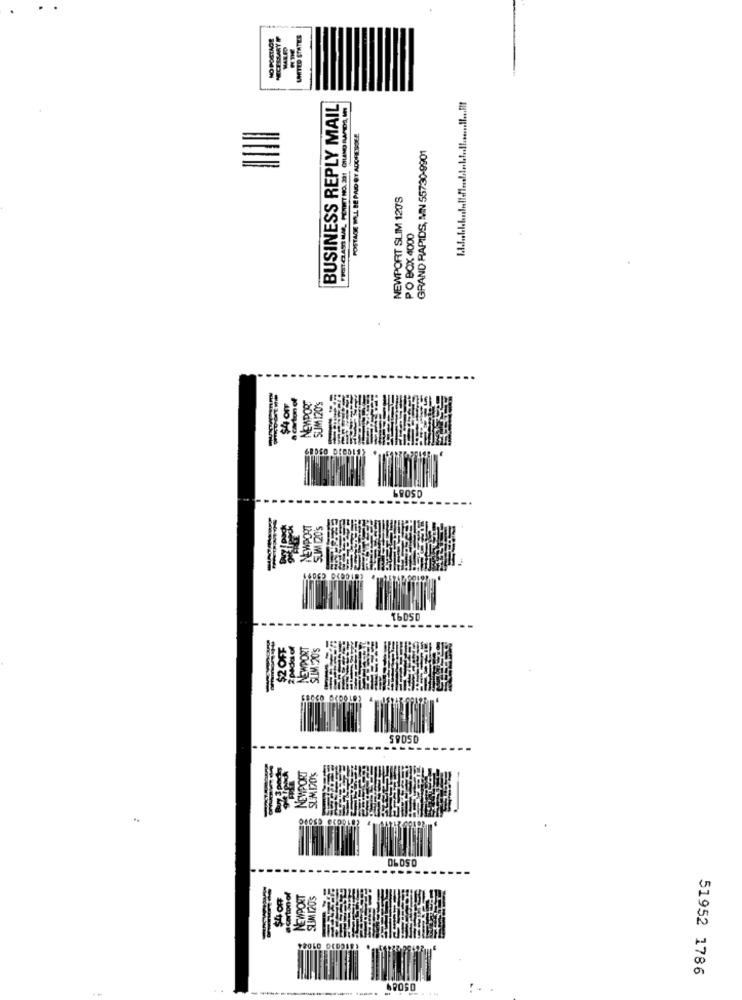
MALED
BOVISCHON
BUSINESS REPLY MAIL
GRAND RAPIDS, MN 55730-9901
NEWPORT SLIM 120'S
PO BOX 4000
SUM 120'S
SOGIVEN
GROSD
SUM DOS
$2 OFF
NEWPORT
SOCAIS
NEWPORT
SOCIWTS
SEMIZUS
LEOWYEN
51952 1786